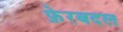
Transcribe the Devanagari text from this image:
फ़ेरबदल